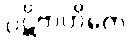
ပဋိဗာဟိတေ